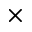
\times